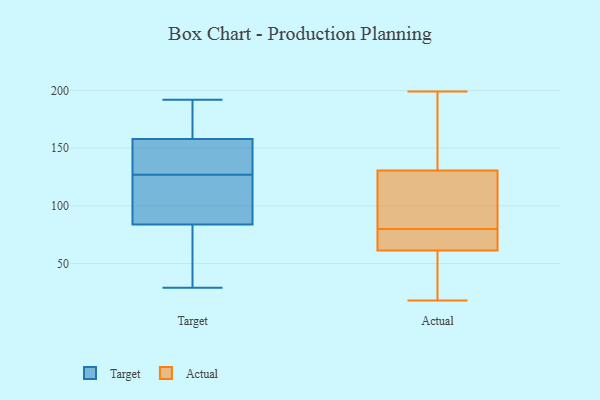
{"axis": {"x": "Active Users", "y": "Value"}, "legend": ["Actual", "Target"], "data": [{"x": "", "y": 89, "type": "Target"}, {"x": "", "y": 167, "type": "Target"}, {"x": "", "y": 109, "type": "Target"}, {"x": "", "y": 155, "type": "Target"}, {"x": "", "y": 129, "type": "Target"}, {"x": "", "y": 185, "type": "Target"}, {"x": "", "y": 29, "type": "Target"}, {"x": "", "y": 64, "type": "Target"}, {"x": "", "y": 33, "type": "Target"}, {"x": "", "y": 86, "type": "Target"}, {"x": "", "y": 99, "type": "Target"}, {"x": "", "y": 148, "type": "Target"}, {"x": "", "y": 190, "type": "Target"}, {"x": "", "y": 77, "type": "Target"}, {"x": "", "y": 150, "type": "Target"}, {"x": "", "y": 127, "type": "Target"}, {"x": "", "y": 192, "type": "Target"}, {"x": "", "y": 168, "type": "Actual"}, {"x": "", "y": 156, "type": "Actual"}, {"x": "", "y": 80, "type": "Actual"}, {"x": "", "y": 117, "type": "Actual"}, {"x": "", "y": 71, "type": "Actual"}, {"x": "", "y": 199, "type": "Actual"}, {"x": "", "y": 62, "type": "Actual"}, {"x": "", "y": 99, "type": "Actual"}, {"x": "", "y": 81, "type": "Actual"}, {"x": "", "y": 184, "type": "Actual"}, {"x": "", "y": 134, "type": "Actual"}, {"x": "", "y": 32, "type": "Actual"}, {"x": "", "y": 75, "type": "Actual"}, {"x": "", "y": 61, "type": "Actual"}, {"x": "", "y": 79, "type": "Actual"}, {"x": "", "y": 38, "type": "Actual"}, {"x": "", "y": 120, "type": "Actual"}, {"x": "", "y": 18, "type": "Actual"}, {"x": "", "y": 20, "type": "Actual"}]}